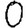
Digit: 0